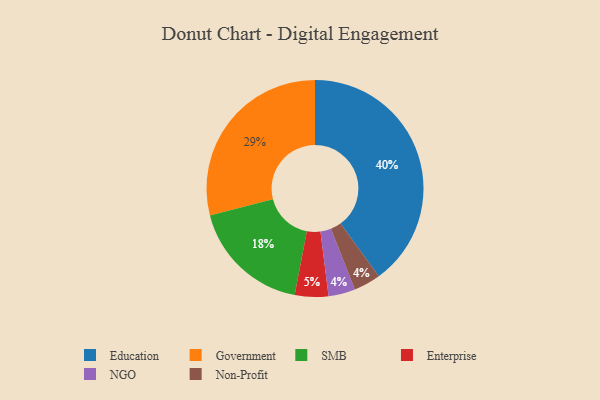
{"axis": {"x": "Category", "y": "Percentage"}, "legend": ["Education", "Enterprise", "Government", "NGO", "Non-Profit", "SMB"], "data": [{"x": "SMB", "y": 18, "type": "SMB"}, {"x": "Government", "y": 29, "type": "Government"}, {"x": "NGO", "y": 4, "type": "NGO"}, {"x": "Non-Profit", "y": 4, "type": "Non-Profit"}, {"x": "Education", "y": 40, "type": "Education"}, {"x": "Enterprise", "y": 5, "type": "Enterprise"}]}